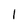
Character: l